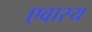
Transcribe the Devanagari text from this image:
एवास्य